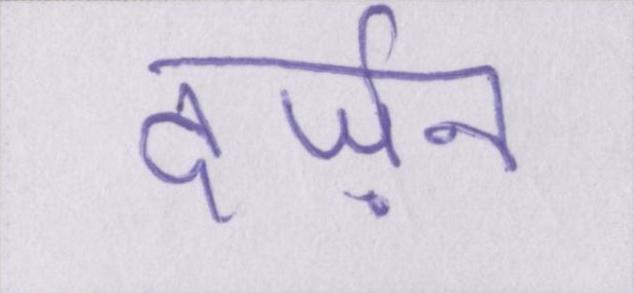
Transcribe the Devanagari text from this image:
दर्ज़न